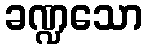
ခဏ္ဍသော